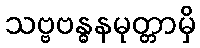
သဗ္ဗဗန္ဓနမုတ္တာမှိ